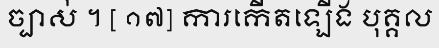
ច្បាស់ ។ [ ១៧] ការកើតឡើង បុគ្គល